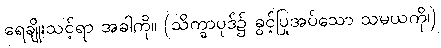
ရေချိုးသင့်ရာ အခါကို။ (သိက္ခာပုဒ်၌ ခွင့်ပြုအပ်သော သမယကို၊)